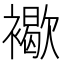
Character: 𧝽